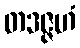
တဒဇ္ဇဟံ